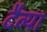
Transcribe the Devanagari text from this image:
दैव्या